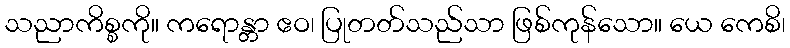
သညာကိစ္စကို။ ကရောန္တာ ဧဝ၊ ပြုတတ်သည်သာ ဖြစ်ကုန်သော။ ယေ ကေစိ၊